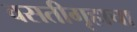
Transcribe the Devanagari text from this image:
वसतीगृहाचा